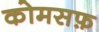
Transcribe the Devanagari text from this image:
कोमसफ़